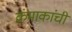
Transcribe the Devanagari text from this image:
क्रंमाकांची